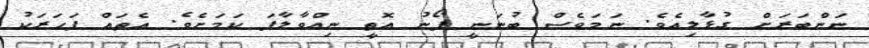
ނަންބަރަށް ގުޅާލިއެވެ. ނަމަވެސް ބުނަނީ ފޯނު އޮތީ ނިއްވާލާފަ ކަމަށެވެ. އެތައް ފަހަރަކު